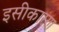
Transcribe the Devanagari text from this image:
इसीकारण